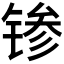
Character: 𬭝